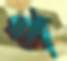
প